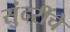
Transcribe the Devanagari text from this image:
सुंदरींचे